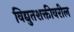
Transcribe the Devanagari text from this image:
विद्युतशक्तीवरील